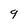
Character: 9